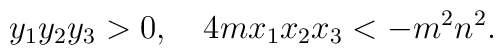
y_1 y_2 y_3 > 0, \quad 4m x_1 x_2 x_3 < - m^2 n^2.